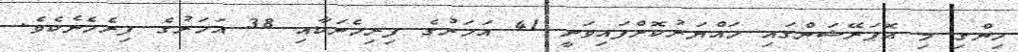
ހިންގި މި އޮޕަރޭޝަންގައި ހައްޔަރުކޮށްފައިވަނީ 41 އަހަރުގެ ފިރިހެނަކާއި 38 އަހަރުގެ ފިރެހެނެކެވެ.